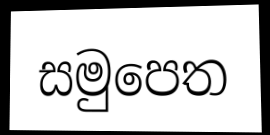
සමුපෙත